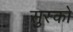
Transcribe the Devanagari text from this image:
सुस्को